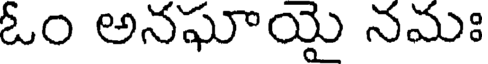
ఓం అనఘాయై నమః